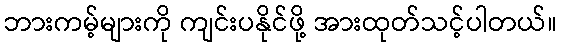
ဘားကမ့်များကို ကျင်းပနိုင်ဖို့ အားထုတ်သင့်ပါတယ်။